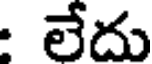
: లేదు